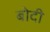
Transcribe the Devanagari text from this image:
बोदी